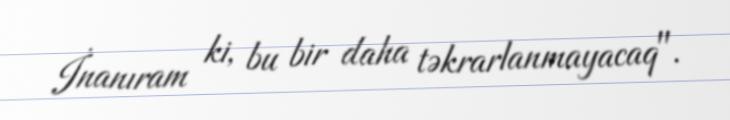
İnanıram ki, bu bir daha təkrarlanmayacaq".